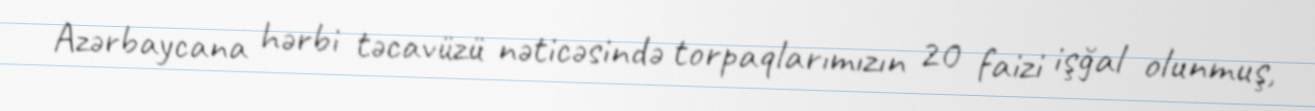
Azərbaycana hərbi təcavüzü nəticəsində torpaqlarımızın 20 faizi işğal olunmuş,